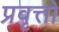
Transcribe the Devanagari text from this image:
प्रवृत्तो